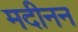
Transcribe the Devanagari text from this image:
मदीनन